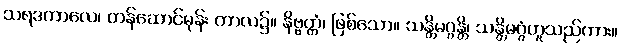
သရဒကာလေ၊ တန်ဆောင်မုန်း ကာလ၌။ နိဗ္ဗတ္တံ၊ ဖြစ်သော။ သန္တိမဂ္ဂန္တိ၊ သန္တိမဂ္ဂံဟူသည်ကား။